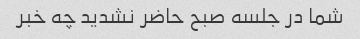
شما در جلسه صبح حاضر نشدید چه خبر